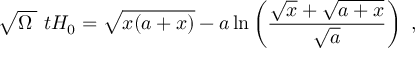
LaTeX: \sqrt { \Omega _ { \mathrm { \Lambda } } } \ t H _ { 0 } = \sqrt { x ( a + x ) } - a \ln \left( { \frac { \sqrt { x } + \sqrt { a + x } } { \sqrt { a } } } \right) \ ,